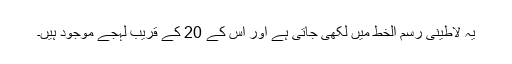
یہ لاطینی رسم الخط میں لکھی جاتی ہے اور اس کے 20 کے قریب لہجے موجود ہیں۔